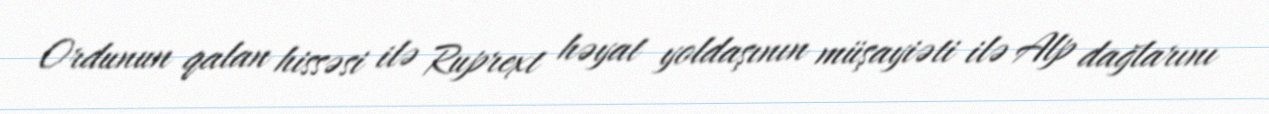
Ordunun qalan hissəsi ilə Ruprext həyat yoldaşının müşayiəti ilə Alp dağlarını